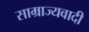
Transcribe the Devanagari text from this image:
साम्राज्‍यवादी